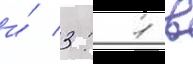
и́ 3: 1 в